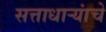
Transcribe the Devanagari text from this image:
सत्ताधाऱ्यांचे